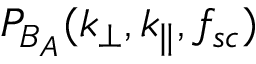
P _ { B _ { A } } ( k _ { \perp } , k _ { \parallel } , f _ { s c } )